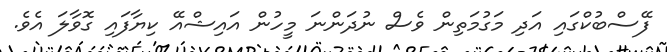
ފޭސްބުކްގައި އަދި މަގުމަތިން ވެސް ނުދަންނަ މީހުން އައިޝްއޭ ކިޔާފައި ގޮވާލަ އެވެ.